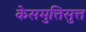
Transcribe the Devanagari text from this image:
केसमुत्तिसुत्त